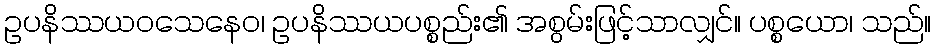
ဥပနိဿယဝသေနေဝ၊ ဥပနိဿယပစ္စည်း၏ အစွမ်းဖြင့်သာလျှင်။ ပစ္စယော၊ သည်။